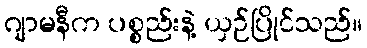
ဂျာမနီက ပစ္စည်းနဲ့ ယှဉ်ပြိုင်သည်။